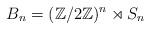
LaTeX: \begin{align*}B_n = (\mathbb Z/2 \mathbb Z)^n \rtimes S_n\end{align*}